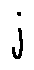
j